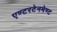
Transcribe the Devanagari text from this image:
एण्टरटेनमेण्ट